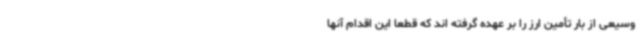
وسیعی از بار تأمین ارز را بر عهده گرفته اند که قطعاً این اقدام آنها